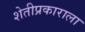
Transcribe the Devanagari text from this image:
शेतीप्रकाराला